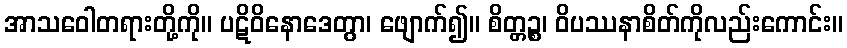
အာသဝေါတရားတို့ကို။ ပဋိဝိနောဒေတွာ၊ ဖျောက်၍။ စိတ္တဉ္စ၊ ဝိပဿနာစိတ်ကိုလည်းကောင်း။